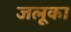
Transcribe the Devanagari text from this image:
जलूका